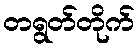
တရွတ်တိုက်